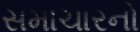
સમાચારનો